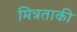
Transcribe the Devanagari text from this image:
मित्रताकी